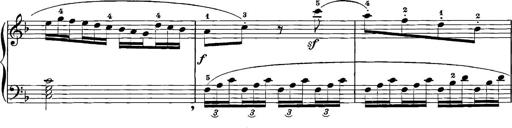
Title: 12 Sonatinas
Composer: Ignaz Pleyel